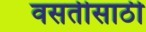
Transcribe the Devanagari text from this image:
वसतीसाठी